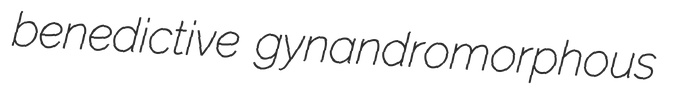
benedictive gynandromorphous